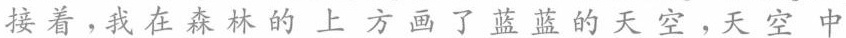
接着。我在森林的上方画了蓝蓝的天空，天空中